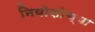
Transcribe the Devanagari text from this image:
नियोशोच्या